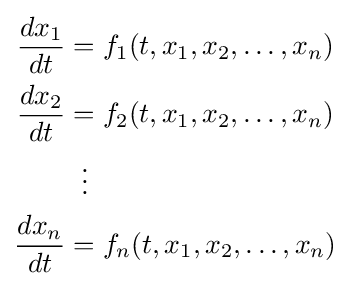
{\begin{aligned}{\frac {dx_{1}}{dt}}&=f_{1}(t,x_{1},x_{2},\ldots ,x_{n})\\{\frac {dx_{2}}{dt}}&=f_{2}(t,x_{1},x_{2},\ldots ,x_{n})\\&\;\;\vdots \\{\frac {dx_{n}}{dt}}&=f_{n}(t,x_{1},x_{2},\ldots ,x_{n})\end{aligned}}